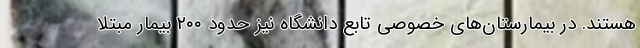
هستند. در بیمارستان‌های خصوصی تابع دانشگاه نیز حدود ۲۰۰ بیمار مبتلا